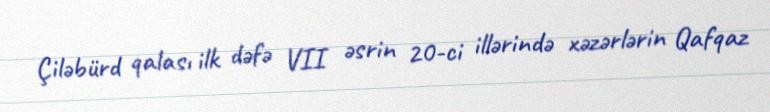
Çiləbürd qalası ilk dəfə VII əsrin 20-ci illərində xəzərlərin Qafqaz